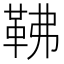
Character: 𩉽